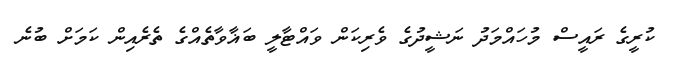
ކުރީގެ ރައީސް މުހައްމަދު ނަޝީދުގެ ވެރިކަން ވައްޓާލީ ބަޣާވާތެއްގެ ތެރެއިން ކަމަށް ބުނެ